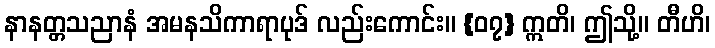
နာနတ္တသညာနံ အမနသိကာရာပုဒ် လည်းကောင်း။ {၀၇} ဣတိ၊ ဤသို့။ တီဟိ၊